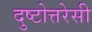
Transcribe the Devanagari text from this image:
दुष्टोत्तरेसी